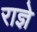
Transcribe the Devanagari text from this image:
राज्ञे